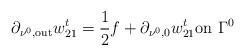
LaTeX: \begin{align*}\partial_{\nu^0,\rm out} w^t_{21} = \frac 1 2 f +\partial_{\nu^0, 0} w^t_{21} \mbox{on }\Gamma^0\end{align*}